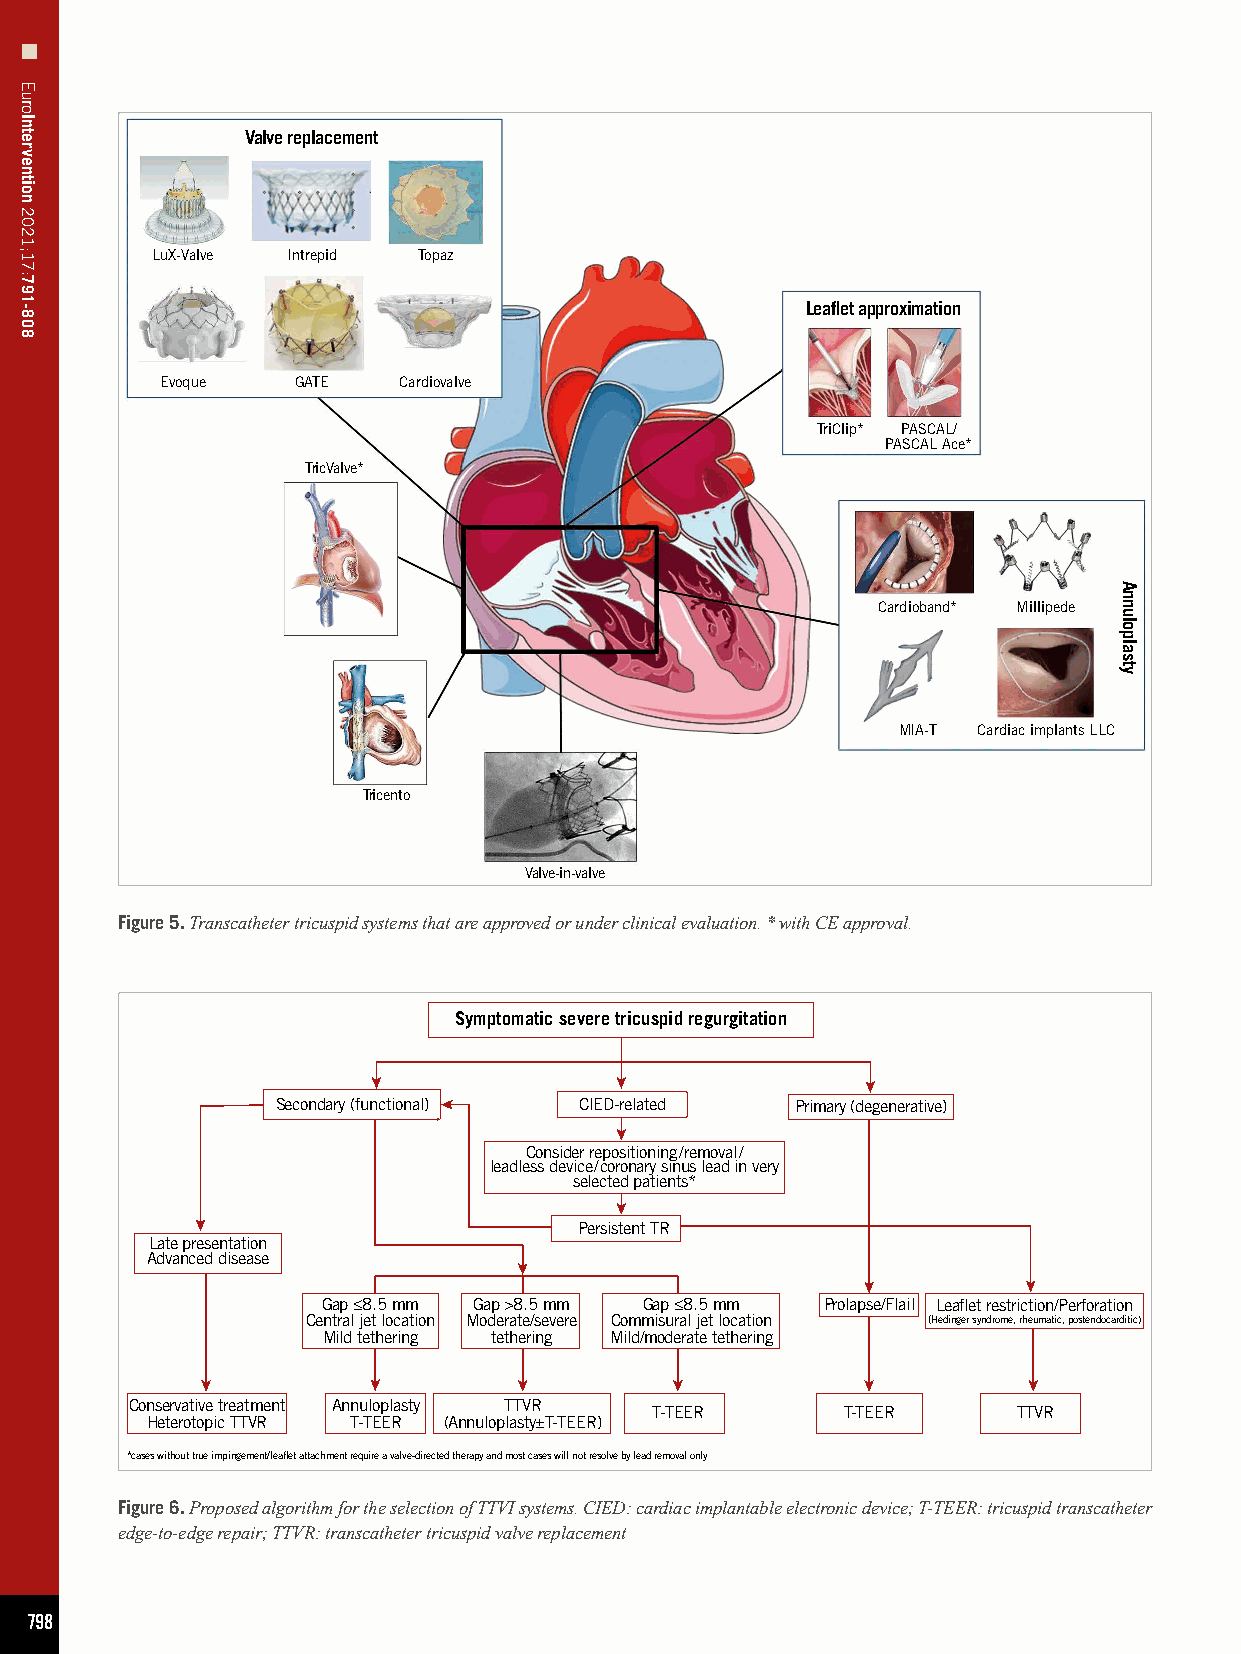
Valve replacement
 LuX-Valve Intrepid Topaz
 Leaflet approximation
 Evoque   GATE  Cardiovalve
 TriClip* PASCAL/
 PASCAL Ace*
 TricValve*
 Cardioband* Millipede
 MIA-T Cardiac implants LLC
 Tricento
 Valve-in-valve
 Figure 5. Transcatheter tricuspid systems that are approved or under clinical evaluation. * with CE approval.
 Symptomatic severe tricuspid regurgitation
 Secondary (functional) CIED-related Primary (degenerative)
 Consider repositioning/removal/
 leadless device/coronary sinus lead in very
 selected patients*
 Persistent TR
 Late presentation
 Advanced disease
 Gap ≤8.5 mm Gap >8.5 mm Gap ≤8.5 mm Prolapse/Flail Leaflet restriction/Perforation
 Central jet location Moderate/severe Commisural jet location (Hedinger syndrome, rheumatic, postendocarditic)
 Mild tethering tethering Mild/moderate tethering
 Conservative treatment Annuloplasty TTVR
 T-TEER       T-TEER     TTVR
 Heterotopic TTVR T-TEER (Annuloplasty±T-TEER)
 *cases without true impingement/leaflet attachment require a valve-directed therapy and most cases will not resolve by lead removal only
 Figure 6. Proposed algorithm for the selection of TTVI systems. CIED: cardiac implantable electronic device; T-TEER: tricuspid transcatheter
 edge-to-edge repair; TTVR: transcatheter tricuspid valve replacement
 798
 EuroIntervention
 2021;17:791-808
 Annuloplasty